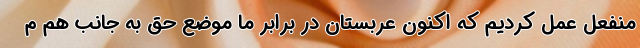
منفعل عمل کردیم که اکنون عربستان در برابر ما موضع حق به جانب هم م